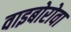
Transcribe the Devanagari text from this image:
वाइबोरोवा